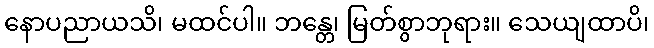
နောပညာယသိ၊ မထင်ပါ။ ဘန္တေ၊ မြတ်စွာဘုရား။ သေယျထာပိ၊